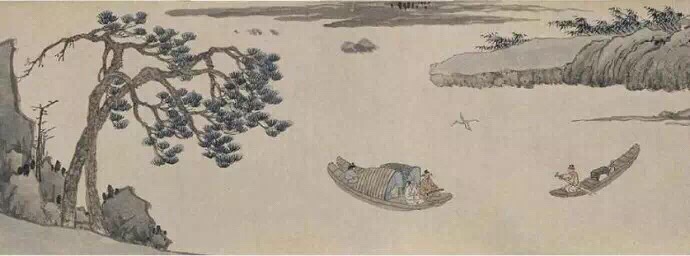
微吟不道惊溪鸟，飞入乱云深处啼。